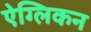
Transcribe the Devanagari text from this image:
ऐग्लिकन